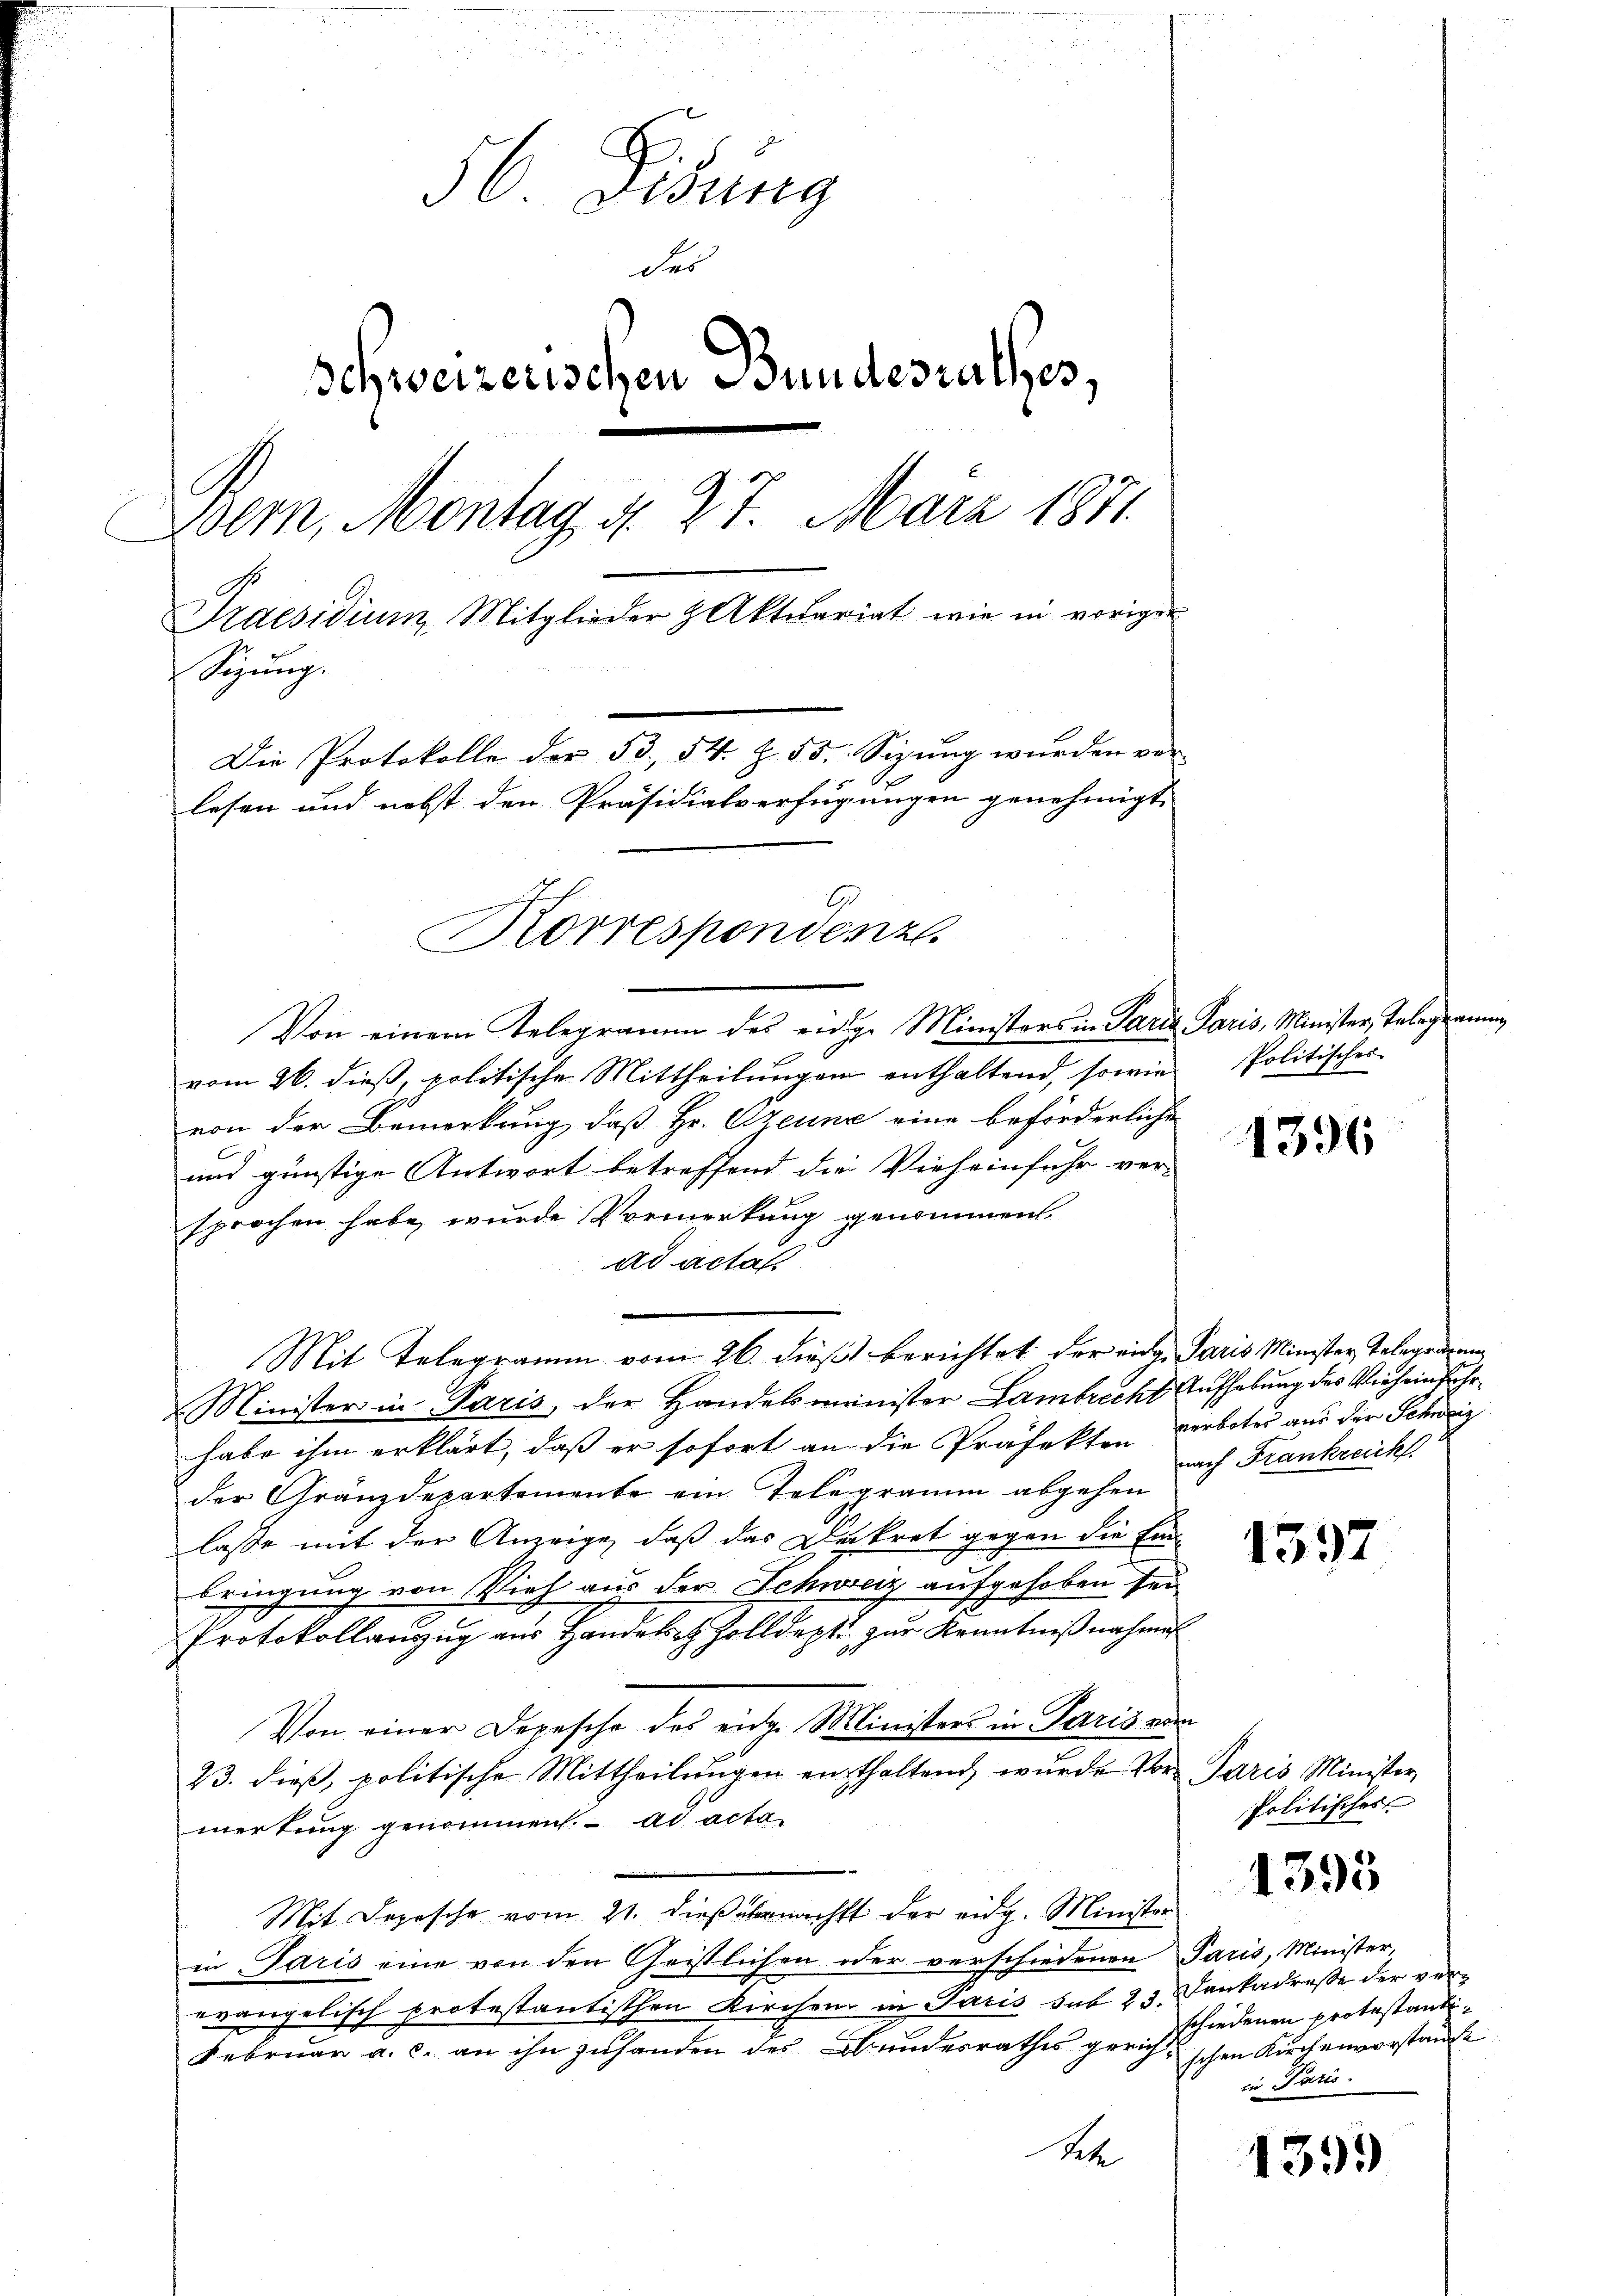
d
30. Gesung
des
Schweizerischen Bundesrathes,
Bern, Montag d. 27. März 1851.
Praesidium, Mitglieder & Aktuariat wie in vorigen
Sizung.
Die Protokolle der 53. 54. Z. 55 Sizung wurden vor
lesen und nebst den Präsidialverfügungen genehmigt.
.
Korrespondenz.

Von einem Telegramm des eidige Ministers in Paris Paris, Minister, Telegean
vom 26. dieß, politische Mittheilungen enthaltend, sowie
von der Bemerkung, daß Hr. Czeune eine beförderliche
und günstige Antwort betreffend die Vieheinfuhr ver-
sprochen habe, wurde Vormerkung genommen.
ad actat
Mit Telegramm vom 26. dieß berichtet der eidg. Paris Minister Telegenzung
Minister in Paris, der Handelsminister Lambrecht Aufhebung des Vieh ein sehr
habe ihm erklärt, daß er sofort an die Präfekten verboten aus der Schweiz
der Gränzdepartemente ein Telegramm abgehen
lasse mit der Anzeige, daß das Dekret gegen die Einbringung von Vieh aus der Schweiz aufgehoben sei
Protokollanzŭg aŭs Handelst Zolldept. zŭr Kenntniβnahme
Von einer Depesche des eidg. Ministers in Paris vom
23. dieβ, politische Mittheilŭngen enthaltend, wurde Vor- Paris Minister,
merkung genommen. ad acta
Mit Depesche vom 21. dieß übernächst der eidg. Minister
in Paris eine von den Geistlichen oder verschiedenen Paris, Minister,
evangelisch protestantischen Kirchen in Paris sub 23. Dankadreße der ver¬
Februar a. c. an ihn zuhanden des Bundesrathes gerichtschen Kirchenvorstande
Sche

Politisches

1396

nach Frankreich

1597

Politisches

1393

schiedenen protestandiin Paris

1393